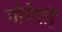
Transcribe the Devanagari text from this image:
गोरेटी